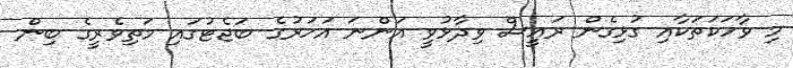
މި ވާހަކަތަކާއި ގުޅިގެން ރައީސް ވިދާޅުވީ އަންނަ އަހަރުގެ ބަޖެޓުގައި މަތިވެރީގެ ބިން